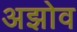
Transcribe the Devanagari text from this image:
अझोव